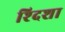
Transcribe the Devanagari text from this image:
श्दिशा